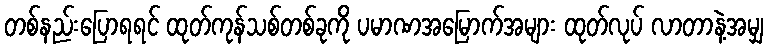
တစ်နည်းပြောရရင် ထုတ်ကုန်သစ်တစ်ခုကို ပမာဏအမြောက်အများ ထုတ်လုပ် လာတာနဲ့အမျှ